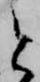
と